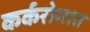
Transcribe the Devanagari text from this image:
कर्करोगात